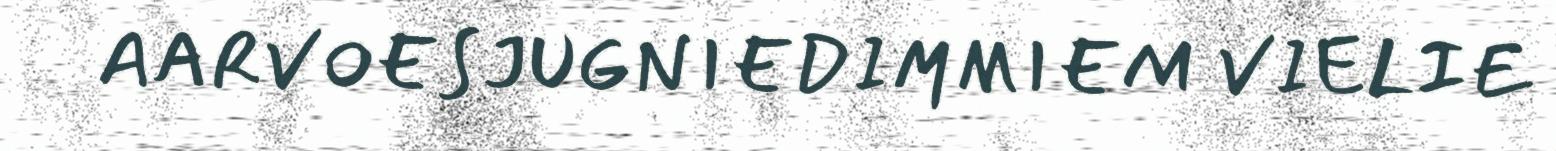
AARVOESJUGNIEDIMMIEM VIELIE